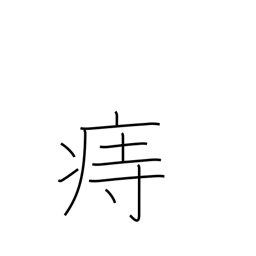
Meaning: hemorrhoids